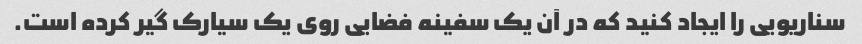
سناریویی را ایجاد کنید که در آن یک سفینه فضایی روی یک سیارک گیر کرده است.